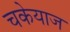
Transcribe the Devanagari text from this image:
चकेयाज